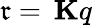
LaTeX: \mathfrak{r}=\, \mathbf{{K}}q